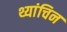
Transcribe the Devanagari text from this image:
थ्यांचिन